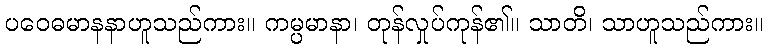
ပဝေဓမာနနာဟူသည်ကား။ ကမ္ပမာနာ၊ တုန်လှုပ်ကုန်၏။ သာတိ၊ သာဟူသည်ကား။